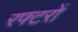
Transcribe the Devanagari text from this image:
रफ्टरों